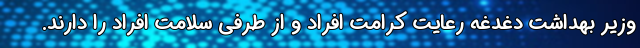
وزیر بهداشت دغدغه رعایت کرامت افراد و از طرفی سلامت افراد را دارند.